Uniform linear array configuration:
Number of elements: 48
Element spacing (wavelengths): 0.75
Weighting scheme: blackman
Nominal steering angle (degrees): -60
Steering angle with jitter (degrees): -59.308
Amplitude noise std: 0.05
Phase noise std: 0.05

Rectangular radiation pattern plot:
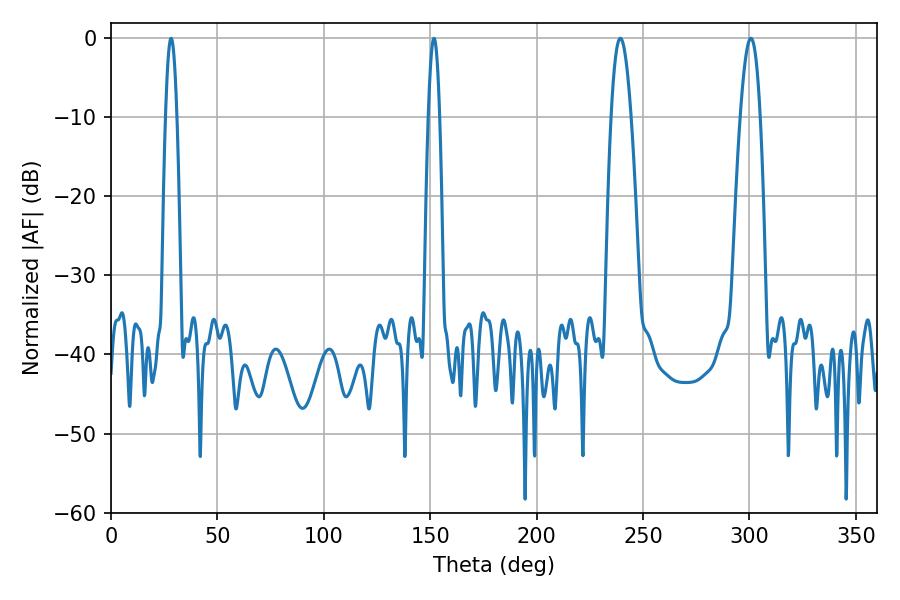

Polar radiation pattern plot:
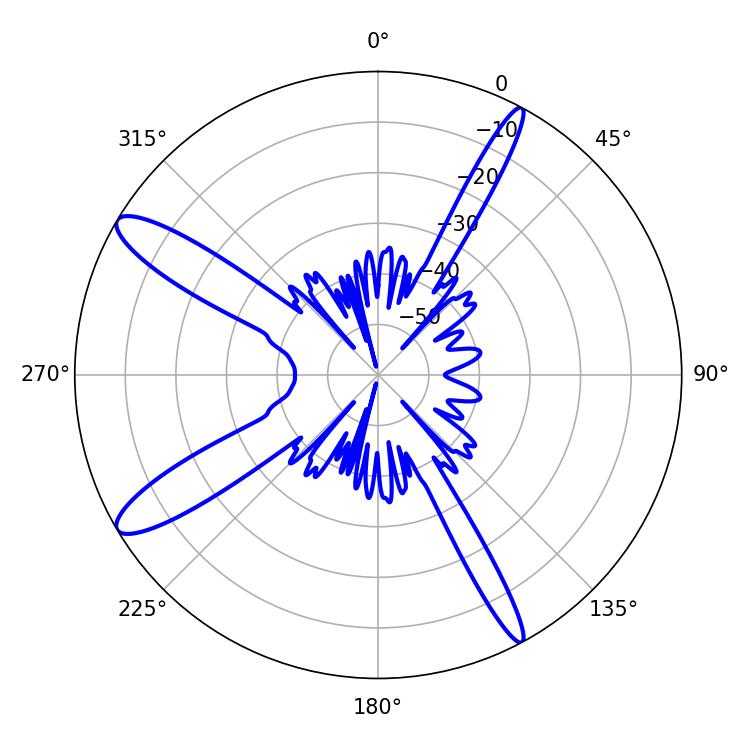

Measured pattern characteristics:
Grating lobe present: TRUE
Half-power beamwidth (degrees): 2.88
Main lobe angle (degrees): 28.26